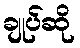
ချုပ်ဆို